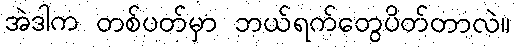
အဲဒါက တစ်ပတ်မှာ ဘယ်ရက်တွေပိတ်တာလဲ။